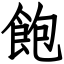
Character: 飽